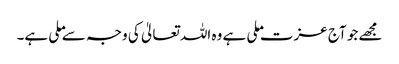
مجھے جو آج عزت ملی ہے وہ اللہ تعالیٰ کی وجہ سے ملی ہے۔